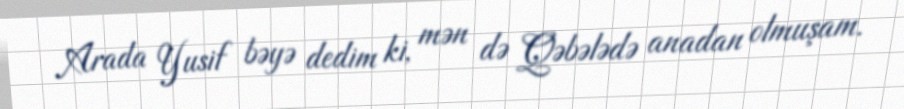
Arada Yusif bəyə dedim ki, mən də Qəbələdə anadan olmuşam.